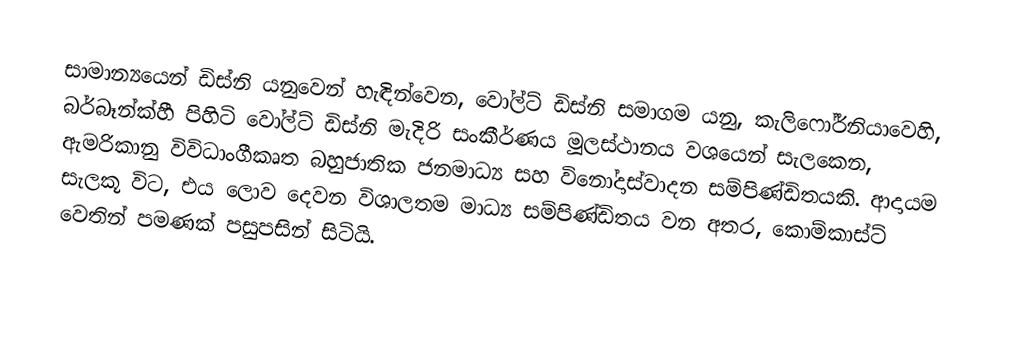
සාමාන්‍යයෙන් ඩිස්නි  යනුවෙන් හැඳින්වෙන, වෝල්ට් ඩිස්නි සමාගම යනු, කැලිෆෝර්නියාවෙහි,  බර්බෑන්ක්හී පිහිටි වෝල්ට් ඩිස්නි මැදිරි සංකීර්ණය මූලස්ථානය වශයෙන් සැලකෙන, ඇමරිකානු විවිධාංගීකෘත බහුජාතික ජනමාධ්‍ය සහ විනෝදාස්වාදන සම්පිණ්ඩිතයකි. ආදායම සැලකූ විට, එය ලොව දෙවන විශාලතම මාධ්‍ය සම්පිණ්ඩිතය වන අතර, කොම්කාස්ට් වෙතින් පමණක් පසුපසින් සිටියි.